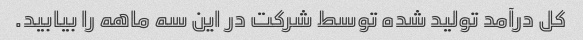
کل درآمد تولید شده توسط شرکت در این سه ماهه را بیابید.